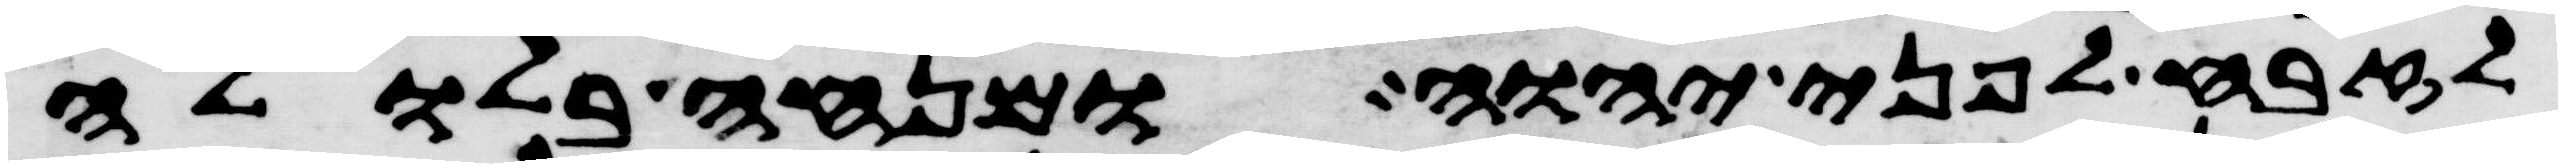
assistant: לזבח לפני יהוה ומנחה בלולה